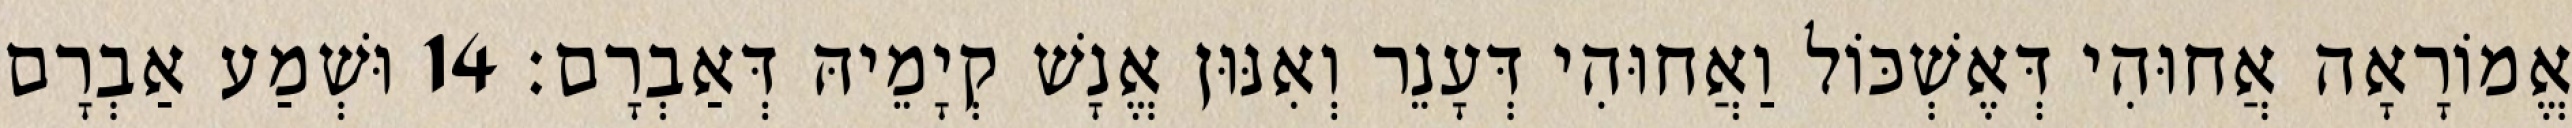
אֱמוֹרָאָה אֲחוּהִי דְּאֶשְׁכּוֹל וַאֲחוּהִי דְּעָנֵר וְאִנּוּן אֱנָשׁ קְיָמֵיהּ דְּאַבְרָם׃ 14 וּשְׁמַע אַבְרָם